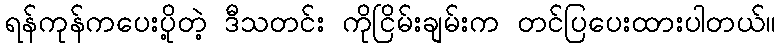
ရန်ကုန်ကပေးပို့တဲ့ ဒီသတင်း ကိုငြိမ်းချမ်းက တင်ပြပေးထားပါတယ်။